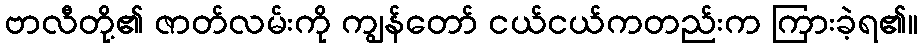
ဗာလီတို့၏ ဇာတ်လမ်းကို ကျွန်တော် ငယ်ငယ်ကတည်းက ကြားခဲ့ရ၏။